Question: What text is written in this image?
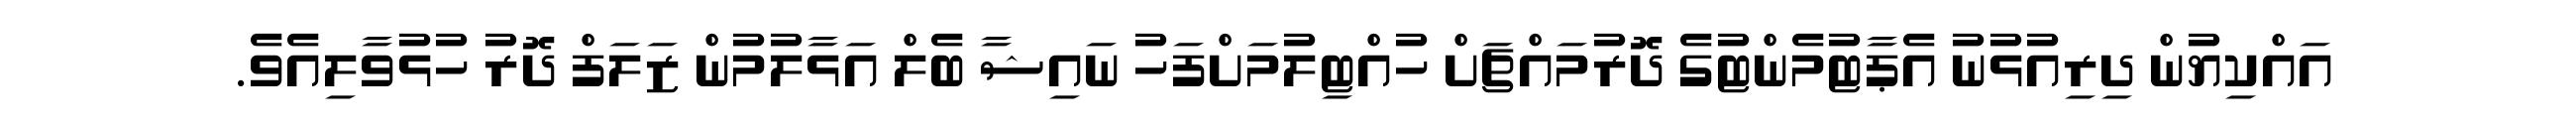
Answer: އައްކިޔުން ދިރިއުޅުނު އެޕާޓުމެންޓުގެ ދޮރުމައްޗަށް ހުއްޓިލުމަށްފަހު ނައިޝާ ބެލް އަޅާލުމުން ޒަލަފް ދޮރު ހުޅުވާލިއެވެ.